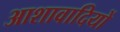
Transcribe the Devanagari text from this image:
आशावादियों